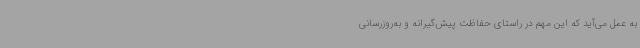
به عمل می‌آید که این مهم در راستای حفاظت پیش‌گیرانه و به‌روزرسانی